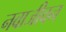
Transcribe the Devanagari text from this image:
नवाजीवन